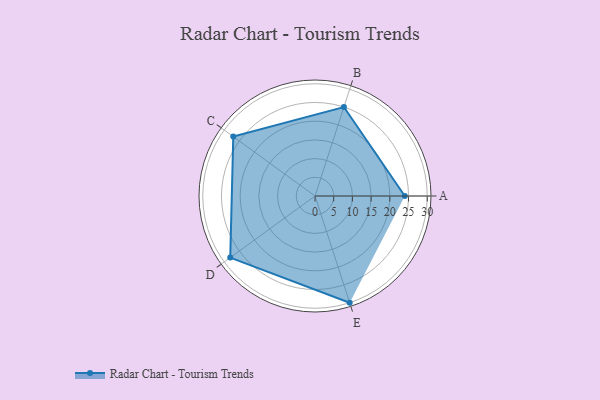
{"axis": {"x": "Skill", "y": "Score"}, "legend": ["Profile"], "data": [{"x": "A", "y": 24.0, "type": "Profile"}, {"x": "B", "y": 25.0, "type": "Profile"}, {"x": "C", "y": 27.0, "type": "Profile"}, {"x": "D", "y": 28.0, "type": "Profile"}, {"x": "E", "y": 30.0, "type": "Profile"}]}